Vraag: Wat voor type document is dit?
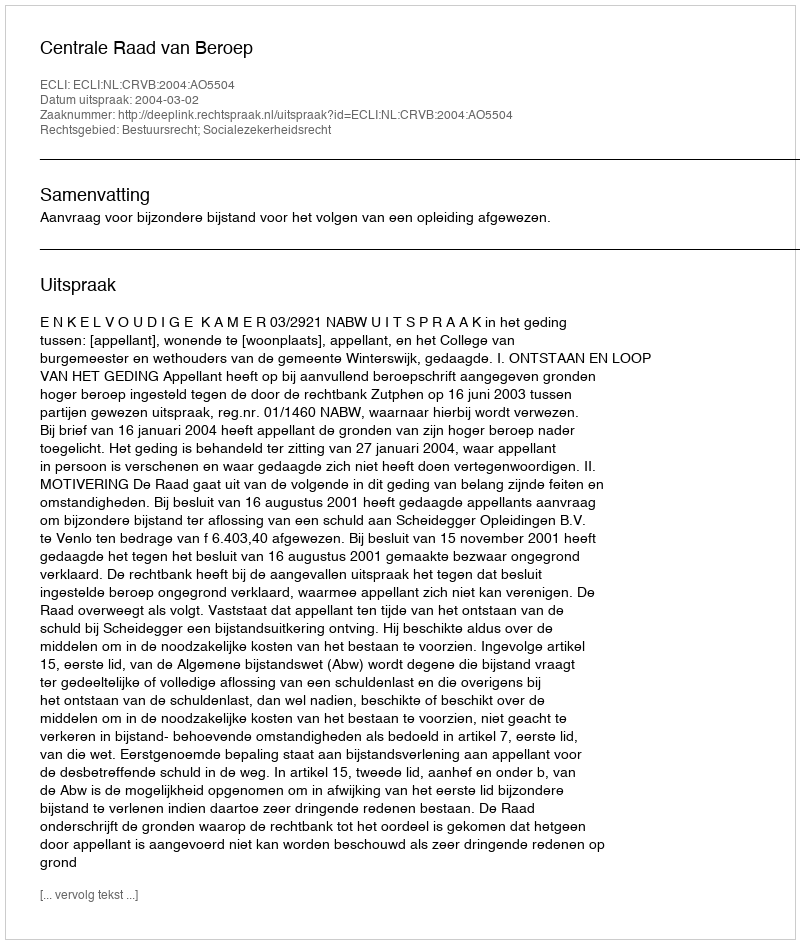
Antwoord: Uitspraak